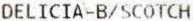
DELICIA-B/SCOTCH